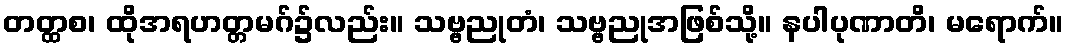
တတ္ထစ၊ ထိုအရဟတ္တမဂ်၌လည်း။ သဗ္ဗညုတံ၊ သဗ္ဗညုအဖြစ်သို့။ နပါပုဏာတိ၊ မရောက်။